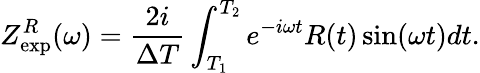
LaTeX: Z_{\mathrm{exp}}^{R}(\omega)=\frac{2i}{\Delta T}\int_{T_{1}}^{T_{2}}e^{-i\omega t}R(t)\sin(\omega t)dt.